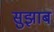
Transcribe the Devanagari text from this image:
सुझाब